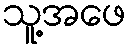
သူ့အဖေ